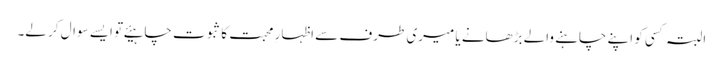
البتہ کسی کو اپنے چاہنے والے بڑھانے یا میری طرف سے اظہارِ محبت کا ثبوت چاہیئے تو ایسے سوال کر لے۔